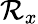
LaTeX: {\cal R}_{x}